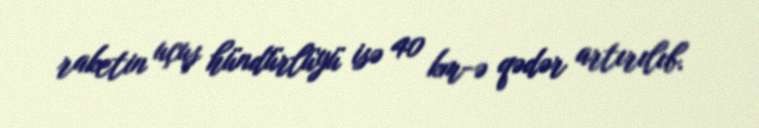
raketin uçuş hündürlüyü isə 40 km-ə qədər artırılıb.